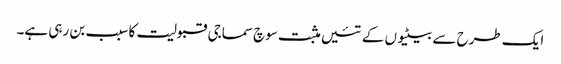
ایک طرح سے بیٹیوں کے تئیں مثبت سوچ سماجی قبولیت کا سبب بن رہی ہے۔